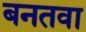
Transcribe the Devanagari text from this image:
बनतवा